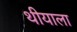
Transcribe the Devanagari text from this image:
थीयाला